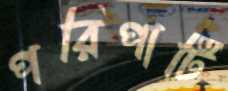
পরিপাটি